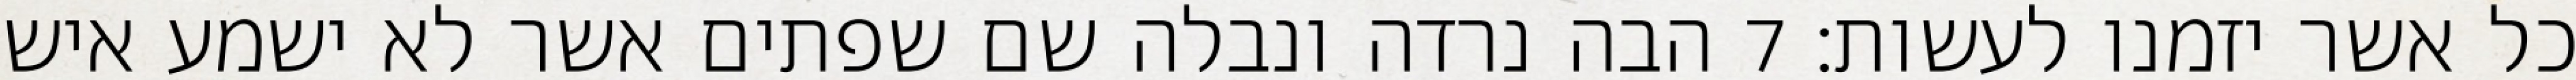
כל אשר יזמנו לעשות׃ ‎7‏ הבה נרדה ונבלה שם שפתים אשר לא ישמע איש